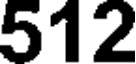
512